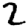
Digit: 2